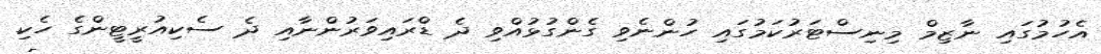
އެހުމުގައި ނާޒިމް މިނިސްޓަރުކަމުގައި ހުންނެވި ގެންގުޅުއްވި ދެ ޑްރައިވަރުންނާއި ދެ ސެކިއުރީޓީންގެ ހެކި